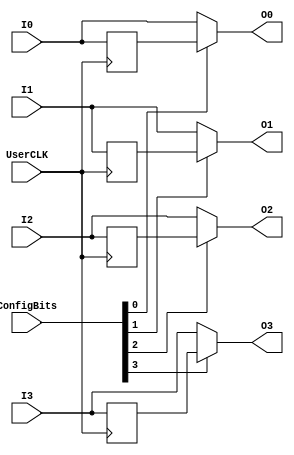
// InPassFlop2 and OutPassFlop2 are the same except for changing which side I0,I1 or O0,O1 gets connected to the top entity
// InPassFlop2 and OutPassFlop2 are the same except for changing which side I0,I1 or O0,O1 gets connected to the top entity
// InPassFlop2 and OutPassFlop2 are the same except for changing which side I0,I1 or O0,O1 gets connected to the top entity

module OutPass4_frame_config (I0, I1, I2, I3, O0, O1, O2, O3, UserCLK, ConfigBits);
	parameter NoConfigBits = 4;// has to be adjusted manually (we don't use an arithmetic parser for the value)
	// Pin0
	input I0;
	input I1;
	input I2;
	input I3;
	output O0;// EXTERNAL
	output O1;// EXTERNAL
	output O2;// EXTERNAL
	output O3;// EXTERNAL
	// Tile IO ports from BELs
	input UserCLK;// EXTERNAL // SHARED_PORT // ## the EXTERNAL keyword will send this signal all the way to top and the //SHARED Allows multiple BELs using the same port (e.g. for exporting a clock to the top)
	// GLOBAL all primitive pins that are connected to the switch matrix have to go before the GLOBAL label
	input [NoConfigBits-1:0] ConfigBits;

//              ______   ______
//    I////+//->|FLOP|-Q-|1 M |
//         |             |  U |//////-> O
//         +////////////-|0 X |               

// I am instantiating an IOBUF primitive.
// However, it is possible to connect corresponding pins all the way to top, just by adding an "// EXTERNAL" comment (see PAD in the entity)

	reg Q0, Q1, Q2, Q3;   // FLOPs

	always @ (posedge UserCLK)
	begin
		Q0 <= I0;
		Q1 <= I1;
		Q2 <= I2;
		Q3 <= I3;
	end

	assign O0 = ConfigBits[0] ? Q0 : I0;
	assign O1 = ConfigBits[1] ? Q1 : I1;
	assign O2 = ConfigBits[2] ? Q2 : I2;
	assign O3 = ConfigBits[3] ? Q3 : I3;

endmodule